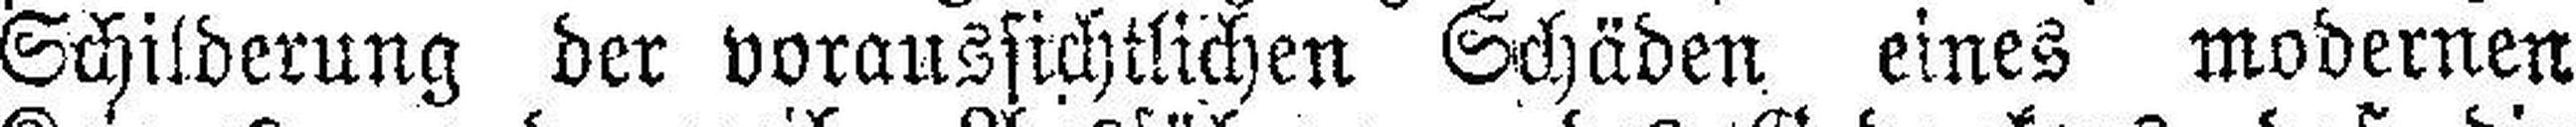
Schilderung der voraussichtlichen Schäden eines modernen